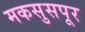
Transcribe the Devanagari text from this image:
मकसुसपूर